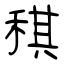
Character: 稘